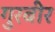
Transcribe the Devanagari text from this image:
गुरबीर